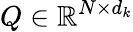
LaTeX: Q\in\mathbb{R}^{N\times d_{k}}